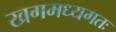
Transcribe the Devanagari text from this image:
खगमध्यगतः